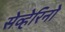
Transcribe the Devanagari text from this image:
सेव्हेरिनो